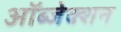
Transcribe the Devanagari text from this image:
ऑब्जेक्शन